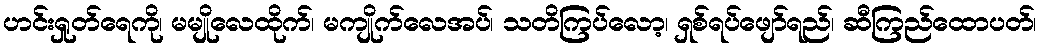
ဟင်းရှုတ်ရေကို၊ မမျိုလေထိုက်၊ မကျိုက်လေအပ်၊ သတိကြပ်လော့၊ ရှစ်ရပ်ဖျော်ရည်၊ ဆီကြည်ထောပတ်၊